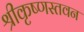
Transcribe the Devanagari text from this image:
श्रीकृष्णस्तवन